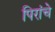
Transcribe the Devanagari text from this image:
पिरांचे